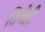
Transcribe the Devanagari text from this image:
तिचेही